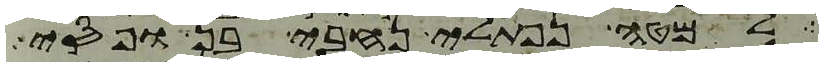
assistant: למטה נפתלי נחבי בן ופסי